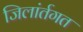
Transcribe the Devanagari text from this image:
जिलांर्तगत